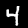
Digit: 4